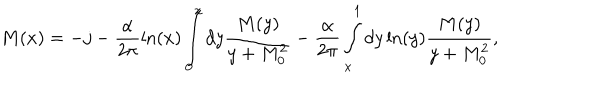
LaTeX: M ( x ) = - j - \frac { \alpha } { 2 \pi } \ln ( x ) \int _ { 0 } ^ { x } d y \frac { M ( y ) } { y + M _ { 0 } ^ { 2 } } - \frac { \alpha } { 2 \pi } \int _ { x } ^ { 1 } d y \ln ( y ) \frac { M ( y ) } { y + M _ { 0 } ^ { 2 } } ,